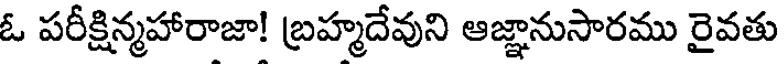
ఓ పరీక్షిన్మహారాజా! బ్రహ్మదేవుని ఆజ్ఞానుసారము రైవతు